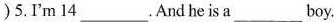
)5.I'm 14 ___.And he isa__boy.